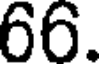
66.